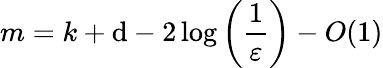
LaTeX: m=k+\mathrm{d}-2\log\left({\frac{{1}}{{\varepsilon}}}\right)-O(1)